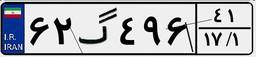
۶۲گ۴۹۶۴۱